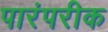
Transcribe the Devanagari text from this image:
पारंपरीक